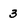
Character: 3